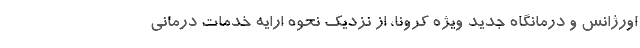
اورژانس و درمانگاه جدید ویژه کرونا، از نزدیک نحوه ارایه خدمات درمانی